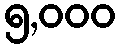
၅,၀၀၀